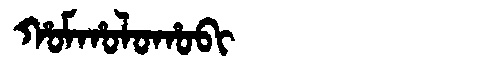
Manchu: ᡥᠣᠮᡥᠣᠯᠣᡥᠣᠪᡳ
Romanization: HOMHOLOHOBI